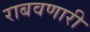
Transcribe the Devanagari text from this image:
राबवणारी